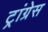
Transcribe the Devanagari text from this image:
ट्रांग्रेस